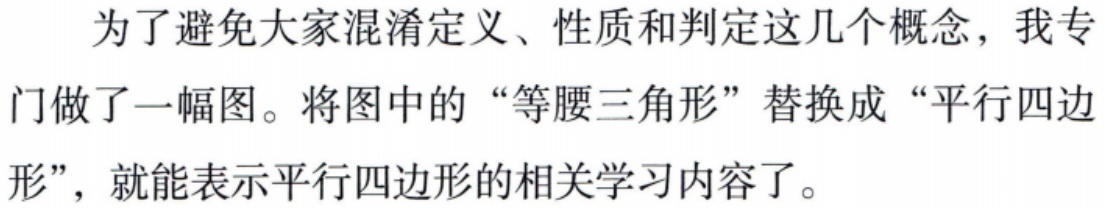
为了避免大家混淆定义、性质和判定这几个概念，我专门做了一幅图。将图中的“等腰三角形”替换成“平行四边形”，就能表示平行四边形的相关学习内容了。